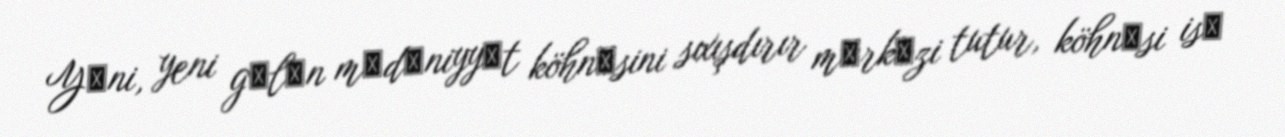
Yәni, yeni gәlәn mәdәniyyәt köhnәsini sıxışdırır mәrkәzi tutur, köhnәsi isә